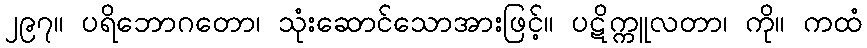
၂၉၇။ ပရိဘောဂတော၊ သုံးဆောင်သောအားဖြင့်။ ပဋိက္ကူလတာ၊ ကို။ ကထံ